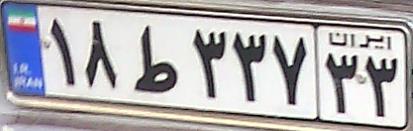
۱۸ط۳۳۷۳۳